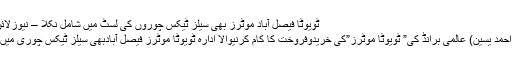
ٹویوٹا فیصل آباد موٹرز بھی سیلز ٹیکس چوروں کی لسٹ میں شامل نکلا – نیوزلائن فیصل آباد
فیصل آباد (احمد یٰسین) عالمی برانڈ کی” ٹویوٹا موٹرز”کی خریدوفروخت کا کام کرنیوالا ادارہ ٹویوٹا موٹرز فیصل آبادبھی سیلز ٹیکس چوری میں ملوث نکلا۔